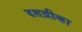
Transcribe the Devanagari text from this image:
दशग्रीव्हा